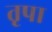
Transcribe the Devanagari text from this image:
तृपा